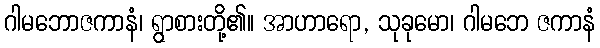
ဂါမဘောဇကာနံ၊ ရွာစားတို့၏။ အာဟာရော, သုခုမော၊ ဂါမဘေ ဇကာနံ